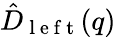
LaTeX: \hat{D}_{\mathrm{~l~e~f~t~}}(q)